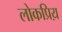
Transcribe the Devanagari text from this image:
लोकप्रिय़